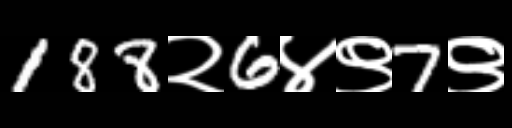
Text: 188२6४९7९